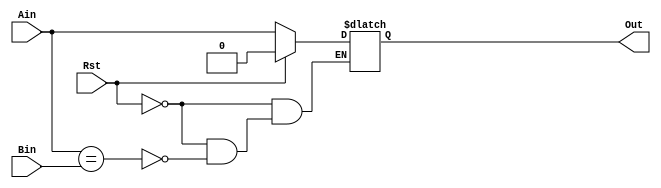
`timescale 1ns/1ps

module MullC (
    output  reg     Out, 
    input           Ain,
    input           Bin,
    input           Rst
    );


always @(*) begin
    if(Rst)
        Out = 0;
    else if(Ain == Bin)
        Out = Ain;
end

endmodule